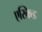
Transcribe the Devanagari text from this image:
एस्क्रिड